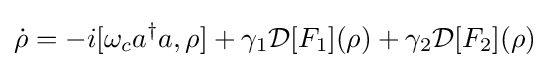
{\dot {\rho }}=-i[\omega _{c}a^{\dagger }a,\rho ]+\gamma _{1}{\mathcal {D}}[F_{1}](\rho )+\gamma _{2}{\mathcal {D}}[F_{2}](\rho )